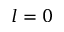
l = 0